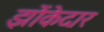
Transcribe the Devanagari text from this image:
झोंकेदार